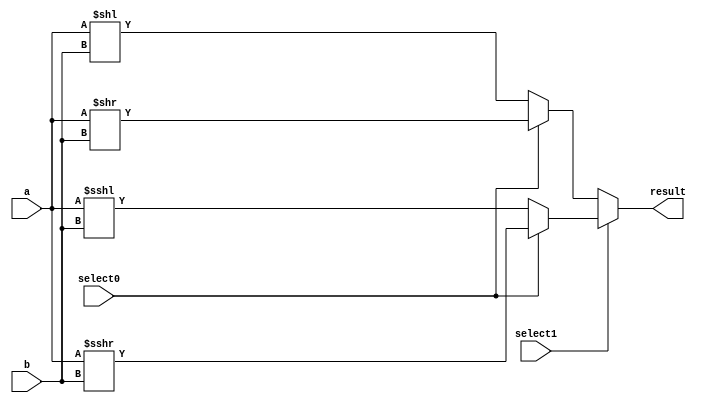
/*
   This file was generated automatically by the Mojo IDE version B1.3.6.
   Do not edit this file directly. Instead edit the original Lucid source.
   This is a temporary file and any changes made to it will be destroyed.
*/

/*
   Parameters:
     WIDTH = WIDTH
*/
module shifter_20 (
    input select0,
    input select1,
    input [15:0] a,
    input [3:0] b,
    output reg [15:0] result
  );
  
  localparam WIDTH = 5'h10;
  
  
  always @* begin
    if (select1) begin
      if (select0) begin
        result = $signed(a) >>> b;
      end else begin
        result = $signed(a) <<< b;
      end
    end else begin
      if (select0) begin
        result = a >> b;
      end else begin
        result = a << b;
      end
    end
  end
endmodule